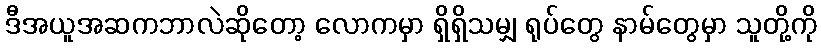
ဒီအယူအဆကဘာလဲဆိုတော့ လောကမှာ ရှိရှိသမျှ ရုပ်တွေ နာမ်တွေမှာ သူတို့ကို